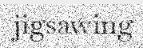
jigsawing